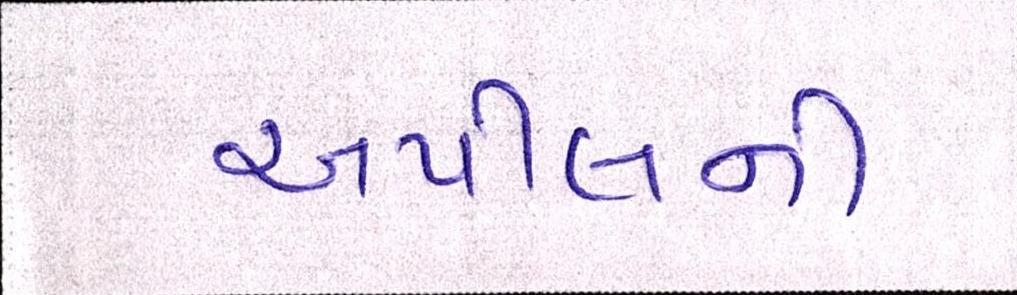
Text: અપીલની